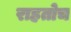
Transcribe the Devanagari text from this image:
राहतोच